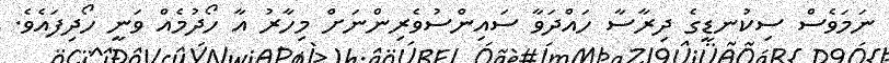
ނަމަވެސް ސިކުނޑީގެ ދިރާސާ ހައްދަވާ ސައިންސުވެރިންނަށް މިހާރު އާ ހޯދުމެއް ވަނީ ހޯދިފައެވެ.